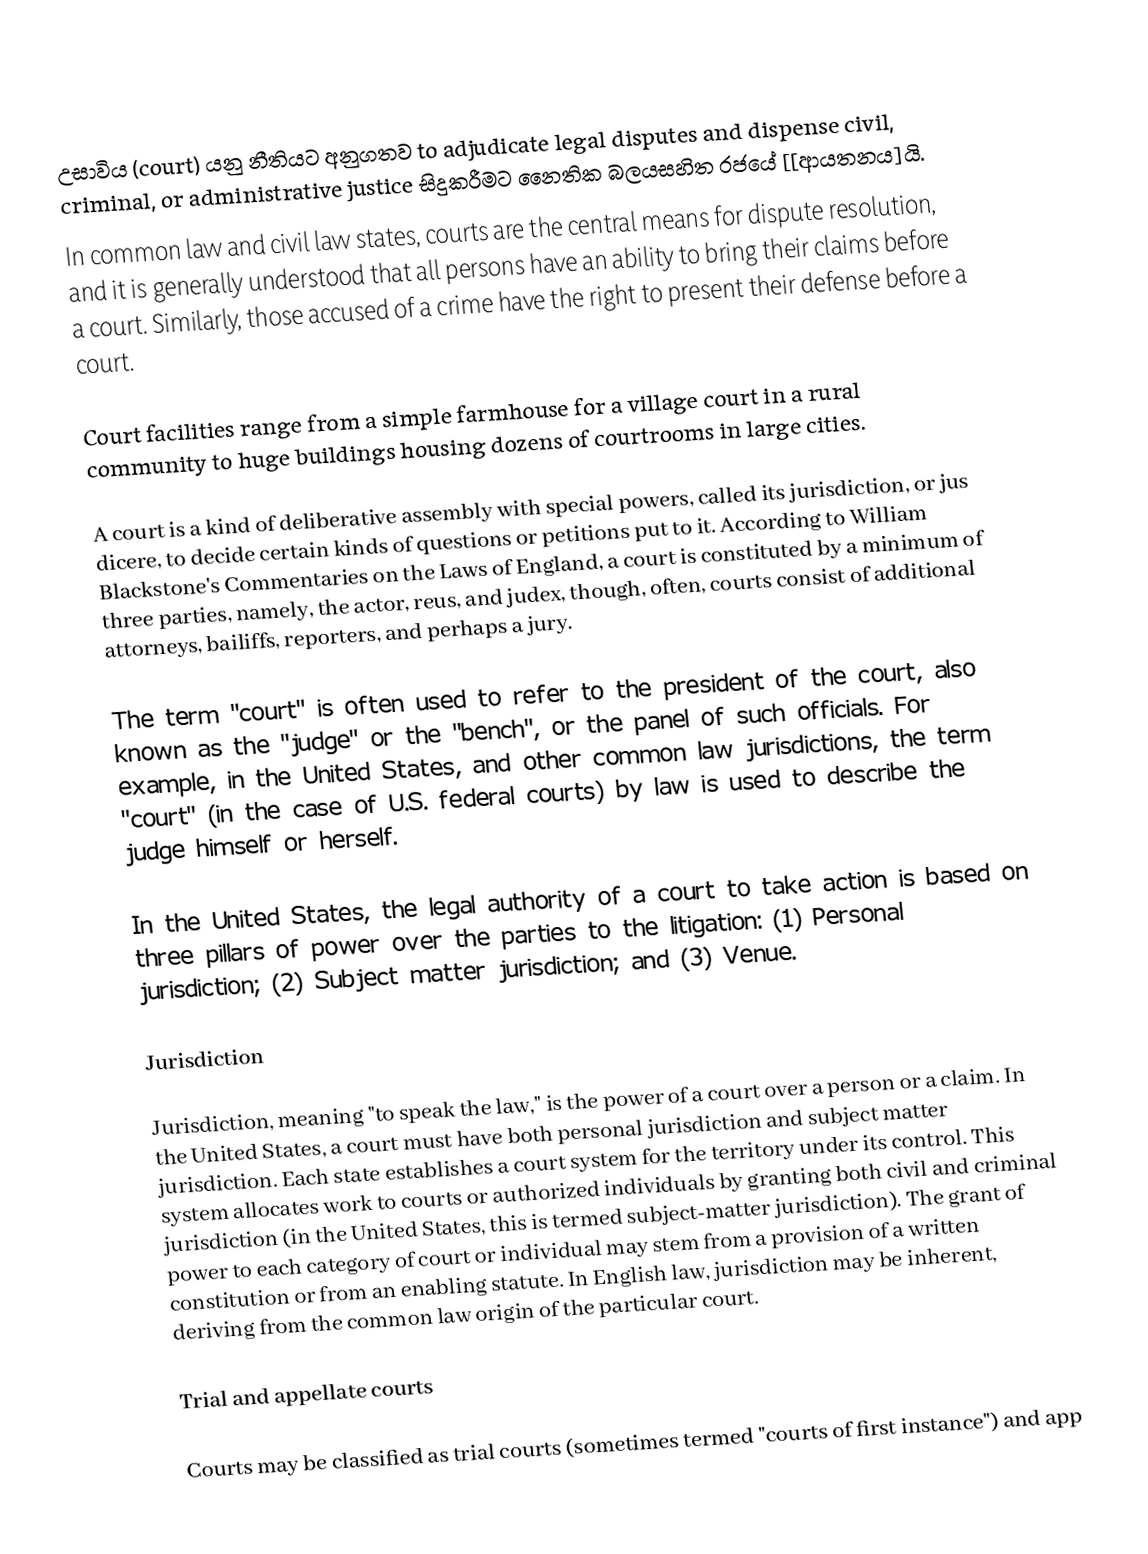
උසාවිය (court) යනු  නීතියට අනුගතව  to adjudicate legal disputes and dispense civil, criminal, or administrative justice සිදුකරීමට නෛතික බලයසහිත  රජයේ  [[ආයතනය]යි.
In common law and civil law states, courts are the central means for dispute resolution, and it is generally understood that all persons have an ability to bring their claims before a court. Similarly, those accused of a crime have the right to present their defense before a court.

Court facilities range from a simple farmhouse for a village court in a rural community to huge buildings housing dozens of courtrooms in large cities.

A court is a kind of deliberative assembly with special powers, called its jurisdiction, or jus dicere, to decide certain kinds of questions or petitions put to it. According to William Blackstone's Commentaries on the Laws of England, a court is constituted by a minimum of three parties, namely, the actor, reus, and judex, though, often, courts consist of additional attorneys, bailiffs, reporters, and perhaps a jury.

The term "court" is often used to refer to the president of the court, also known as the "judge" or the "bench", or the panel of such officials. For example, in the United States, and other common law jurisdictions, the term "court" (in the case of U.S. federal courts) by law is used to describe the judge himself or herself.

In the United States, the legal authority of a court to take action is based on three pillars of power over the parties to the litigation: (1) Personal jurisdiction; (2) Subject matter jurisdiction; and (3) Venue.

Jurisdiction

Jurisdiction, meaning "to speak the law," is the power of a court over a person or a claim. In the United States, a court must have both personal jurisdiction and subject matter jurisdiction. Each state establishes a court system for the territory under its control. This system allocates work to courts or authorized individuals by granting both civil and criminal jurisdiction (in the United States, this is termed subject-matter jurisdiction). The grant of power to each category of court or individual may stem from a provision of a written constitution or from an enabling statute. In English law, jurisdiction may be inherent, deriving from the common law origin of the particular court.

Trial and appellate courts

Courts may be classified as trial courts (sometimes termed "courts of first instance") and app